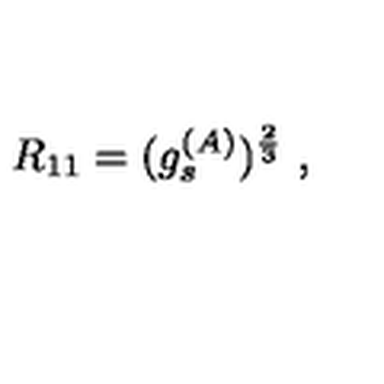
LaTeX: R _ { 1 1 } = ( g _ { s } ^ { ( A ) } ) ^ { \frac { 2 } { 3 } } \ ,